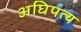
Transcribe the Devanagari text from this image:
अघिपत्य